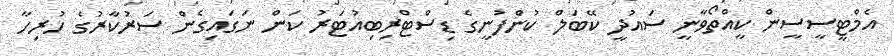
އެމްޓީސީސީން ކީއްތޯވާނީ ސައުދީ ކޭބަލް ކުންފުނީގެ ޑިސްޓްރިބިއުޓަރު ކަން ނަގައިގެން ސަރުކާރުގެ ހުރިހާ